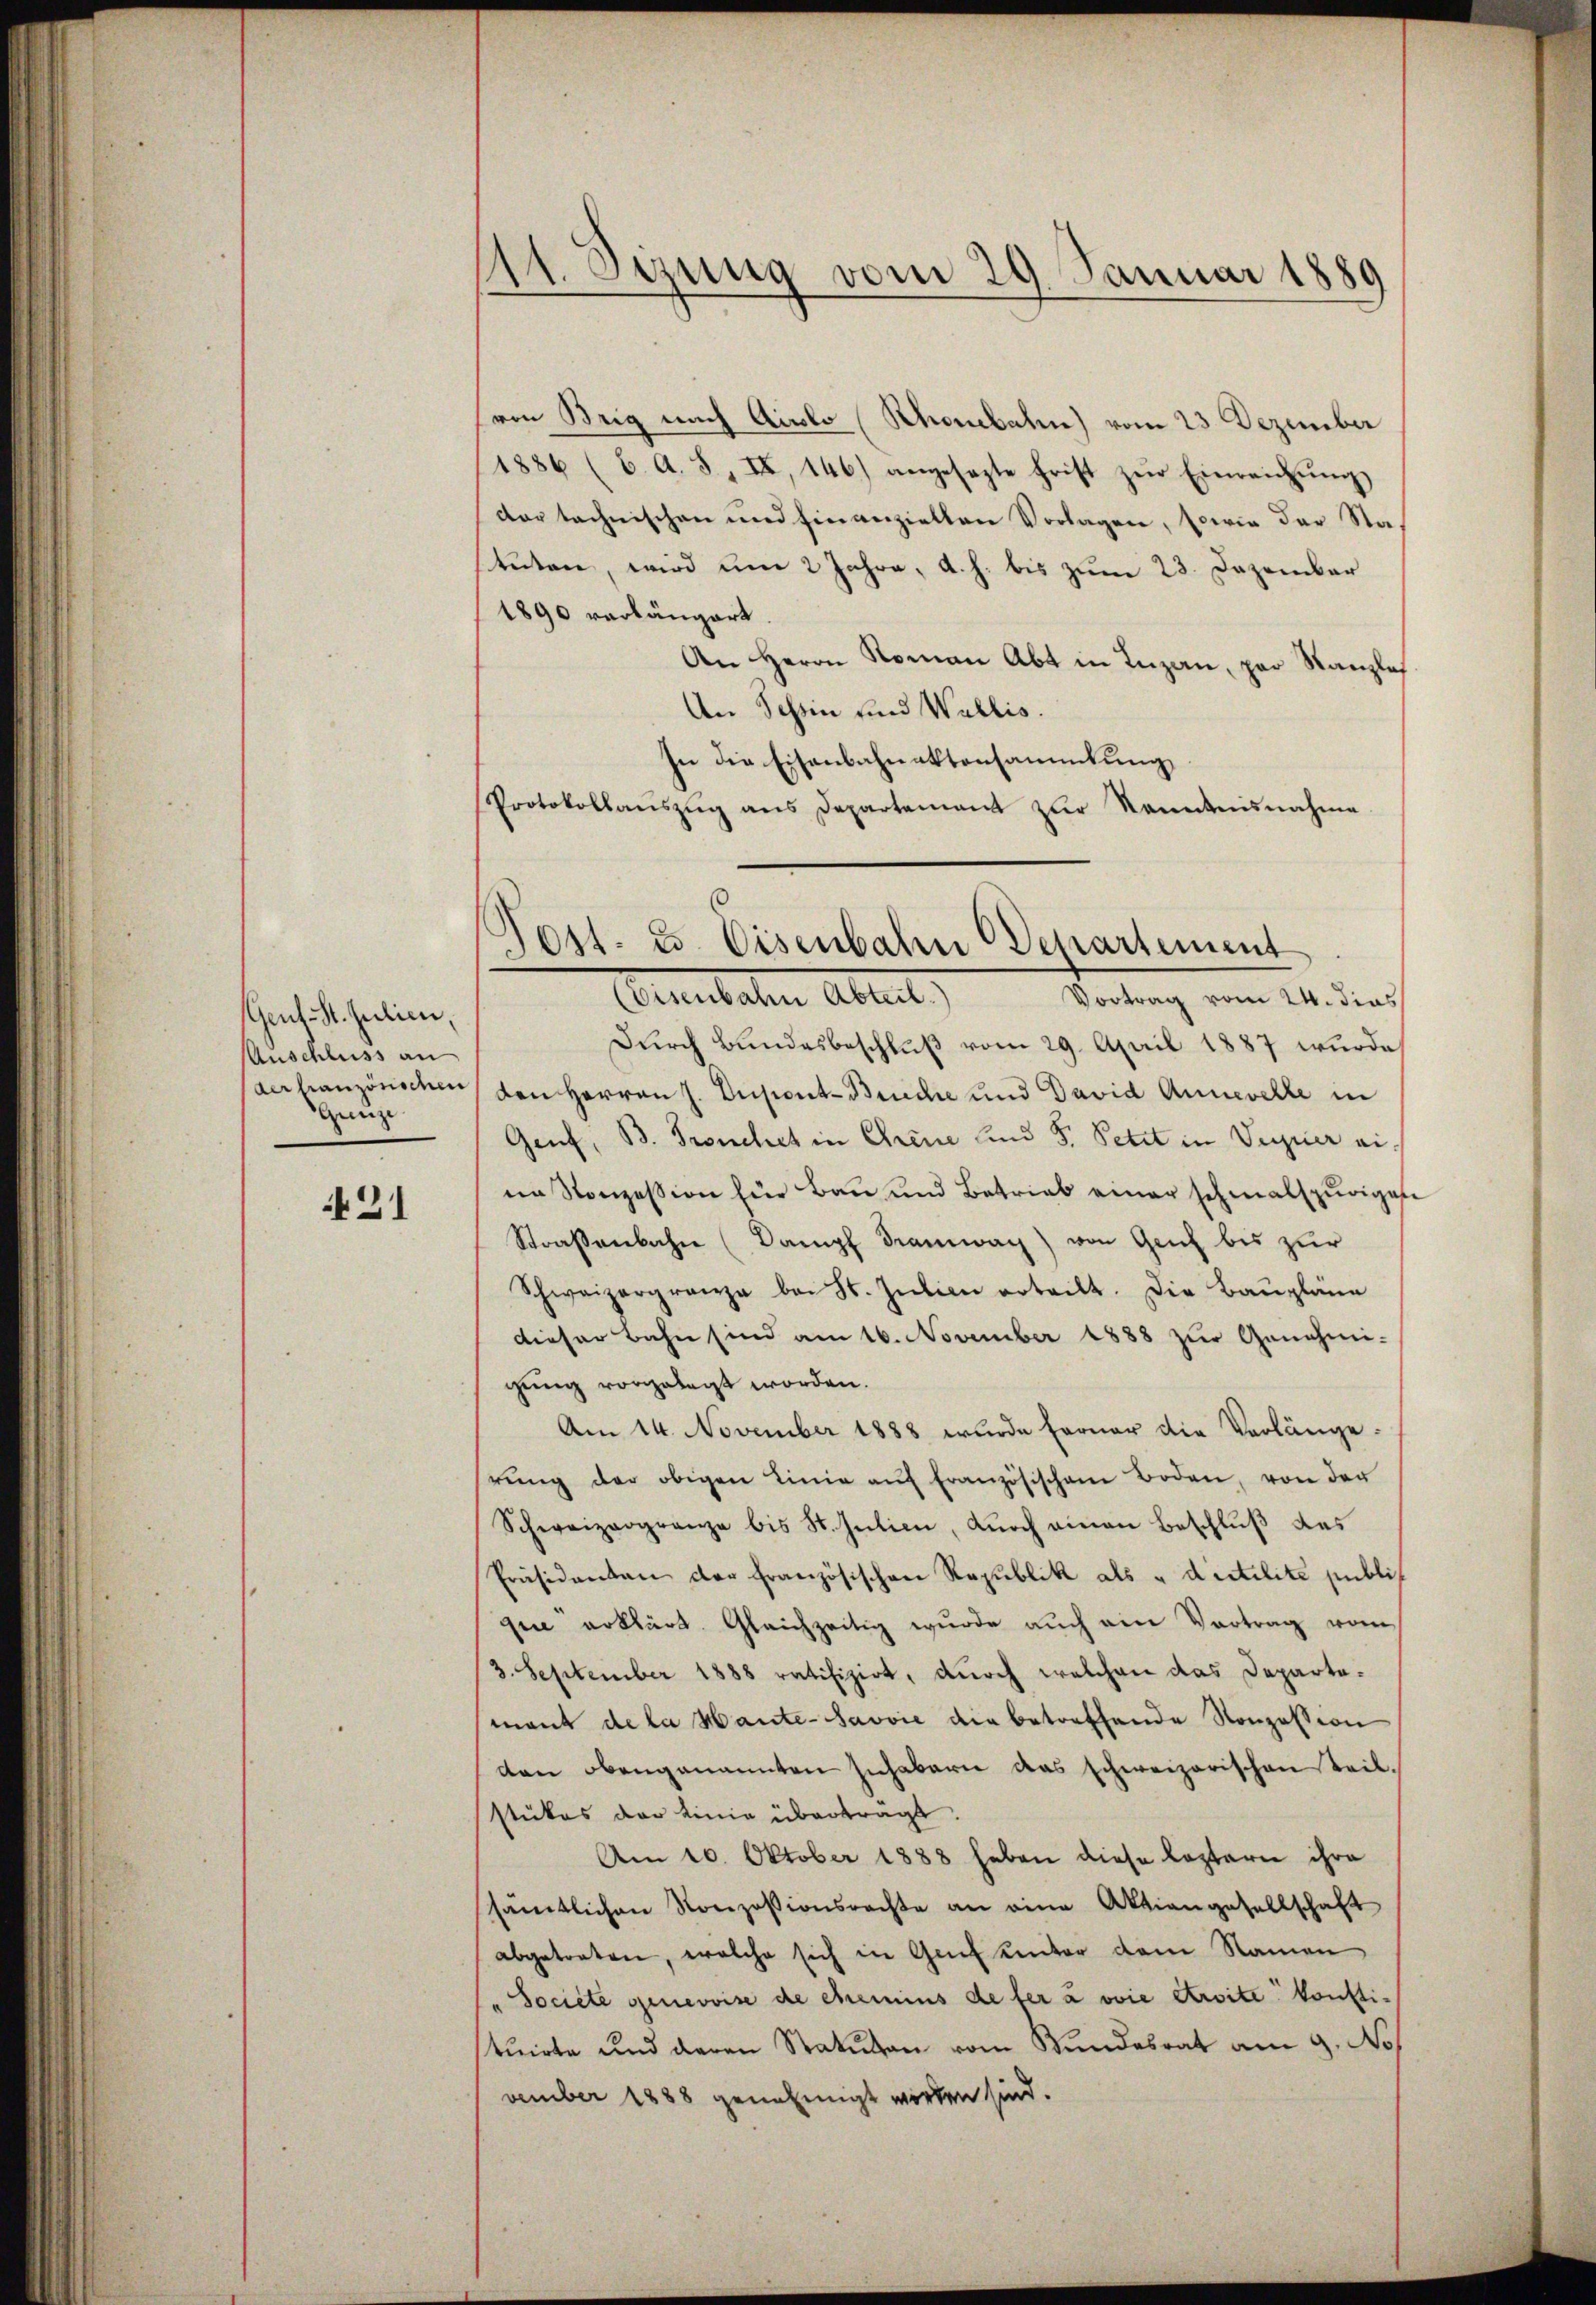
Gent-St. Julien,
Auschluss an
Ganze

N 31

11. Sizung vom 29. Januar 1889

(von Brig nach Aislo (Schenbahn vom 23 Dezember
(1886 (6. A. S. II, 146) angesagte Frist zur Einreichung
dor technischen und hinanziellen Vorlagen, sowie der Sta-
steten, wird um 2 Jahre, d. h. bis zum 23. Dezember
1890 verlängert.
An Herrn Roman Abt in Inzan, par Kanzlos
An Schin und Wallis.
In die Eisenbahnaktensammlung
Protokollaŭszŭg ans Departement zŭr Kenntnisnahme

Post. 25. Eisenbahn Departement

Greuteten Abreit,
Vortrag vom 24. dies
Durch Bundesbeschluß vom 29. April 1887 wurde
aerfranzöniden, den Herren J. Dupont-Bruche und David Annerelle in
Genf, B. Franchet in Chene und 5. Petit in Vupier eiim Konzession für Bau und Betrieb einer schmalspurigene
Straßenbahn (Dampf dramway) von Geich bis zur
Schweizergränze bei St. Jŭlien erteilt. Die Baŭpläne
dieser Bahn sind am 16. November 1888 zur Genehmi-
gung vorgelegt worden.
Am 14. November 1888 wurde ferner die Verlängerŭng der obigen Linie aŭf französischem Boden, von der
Schweizergrenze bis St. Jŭlien, Knoch einen Beschlŭβ des
Präsidenten der Französischen Republik als „dictilité publi
gii erklärt. Gleichzeitig wurde auch ein Vortrag vom
3. September 1888 ratifizirt, durch welchen das Departemant de la Mante-Javvie die betreffende Konzession
den obengenannten Inhabern das schweizerischen Teil.
stükes der Linie überträgt.
Am 10. Oktober 1888 haben diese Leztern ihre
sämtlichen Konzessionsrechte an eine Aktiengesellschaft
abgetreten, welche sich in Genf unter dem Namen
"Societe genevvise de chemins de fer a voie ersite konstituirte und deren Statuten vom Bundesrat am 9. No.
vember 1888 genehmigt worden sind.